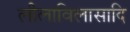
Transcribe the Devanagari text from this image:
लीलाविलासादि